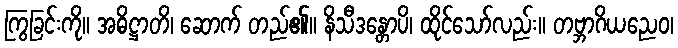
ကြွခြင်းကို။ အဓိဋ္ဌာတိ၊ ဆောက် တည်၏။ နိသီဒန္တောပိ၊ ထိုင်သော်လည်း။ တဗ္ဘာဂိယညေဝ၊